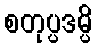
စတုပ္ပဒမ္ပိ